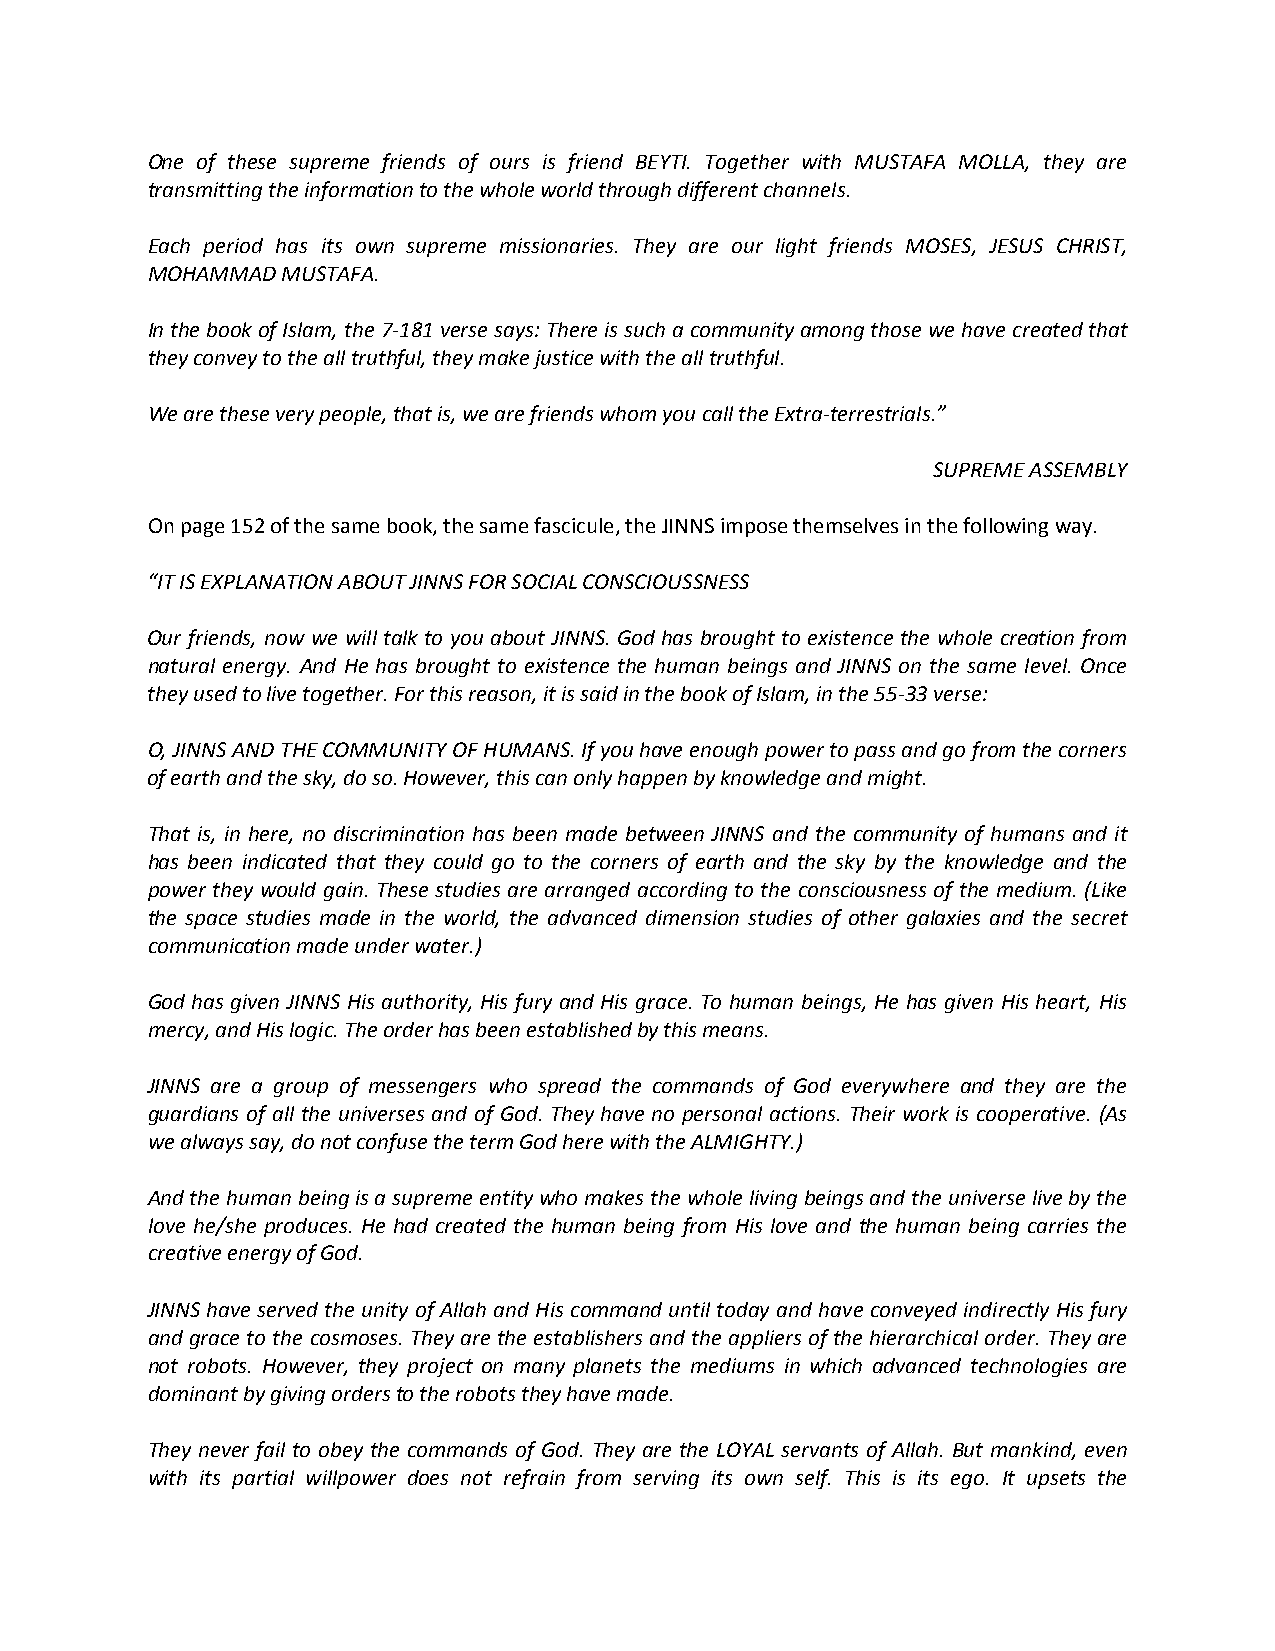
One of these supreme friends of ours is friend BEYTI. Together with MUSTAFA MOLLA, they are
 transmitting the information to the whole world through different channels.
 Each period has its own supreme missionaries. They are our light friends MOSES, JESUS CHRIST,
 MOHAMMAD MUSTAFA.
 In the book of Islam, the 7-181 verse says: There is such a community among those we have created that
 they convey to the all truthful, they make justice with the all truthful.
 We are these very people, that is, we are friends whom you call the Extra-terrestrials.”
 SUPREME ASSEMBLY
 On page 152 of the same book, the same fascicule, the JINNS impose themselves in the following way.
 “IT IS EXPLANATION ABOUT JINNS FOR SOCIAL CONSCIOUSSNESS
 Our friends, now we will talk to you about JINNS. God has brought to existence the whole creation from
 natural energy. And He has brought to existence the human beings and JINNS on the same level. Once
 they used to live together. For this reason, it is said in the book of Islam, in the 55-33 verse:
 O, JINNS AND THE COMMUNITY OF HUMANS. If you have enough power to pass and go from the corners
 of earth and the sky, do so. However, this can only happen by knowledge and might.
 That is, in here, no discrimination has been made between JINNS and the community of humans and it
 has been indicated that they could go to the corners of earth and the sky by the knowledge and the
 power they would gain. These studies are arranged according to the consciousness of the medium. (Like
 the space studies made in the world, the advanced dimension studies of other galaxies and the secret
 communication made under water.)
 God has given JINNS His authority, His fury and His grace. To human beings, He has given His heart, His
 mercy, and His logic. The order has been established by this means.
 JINNS are a group of messengers who spread the commands of God everywhere and they are the
 guardians of all the universes and of God. They have no personal actions. Their work is cooperative. (As
 we always say, do not confuse the term God here with the ALMIGHTY.)
 And the human being is a supreme entity who makes the whole living beings and the universe live by the
 love he/she produces. He had created the human being from His love and the human being carries the
 creative energy of God.
 JINNS have served the unity of Allah and His command until today and have conveyed indirectly His fury
 and grace to the cosmoses. They are the establishers and the appliers of the hierarchical order. They are
 not robots. However, they project on many planets the mediums in which advanced technologies are
 dominant by giving orders to the robots they have made.
 They never fail to obey the commands of God. They are the LOYAL servants of Allah. But mankind, even
 with its partial willpower does not refrain from serving its own self. This is its ego. It upsets the